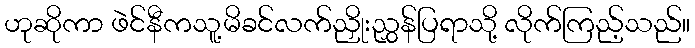
ဟုဆိုကာ ဖဲင်နီကသူ့မိခင်လက်ညှိုးညွှန်ပြရာသို့ လိုက်ကြည့်သည်။